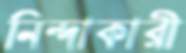
নিন্দাকারী